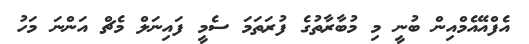
އެފްއޭއެމްއިން ބުނީ މި މުބާރާތުގެ ފުރަތަމަ ސެމީ ފައިނަލް މެޗް އަންނަ މަހު